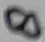
Text: 8